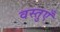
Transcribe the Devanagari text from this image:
वस्‍तुएँ